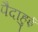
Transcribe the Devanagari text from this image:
पैदाहुई